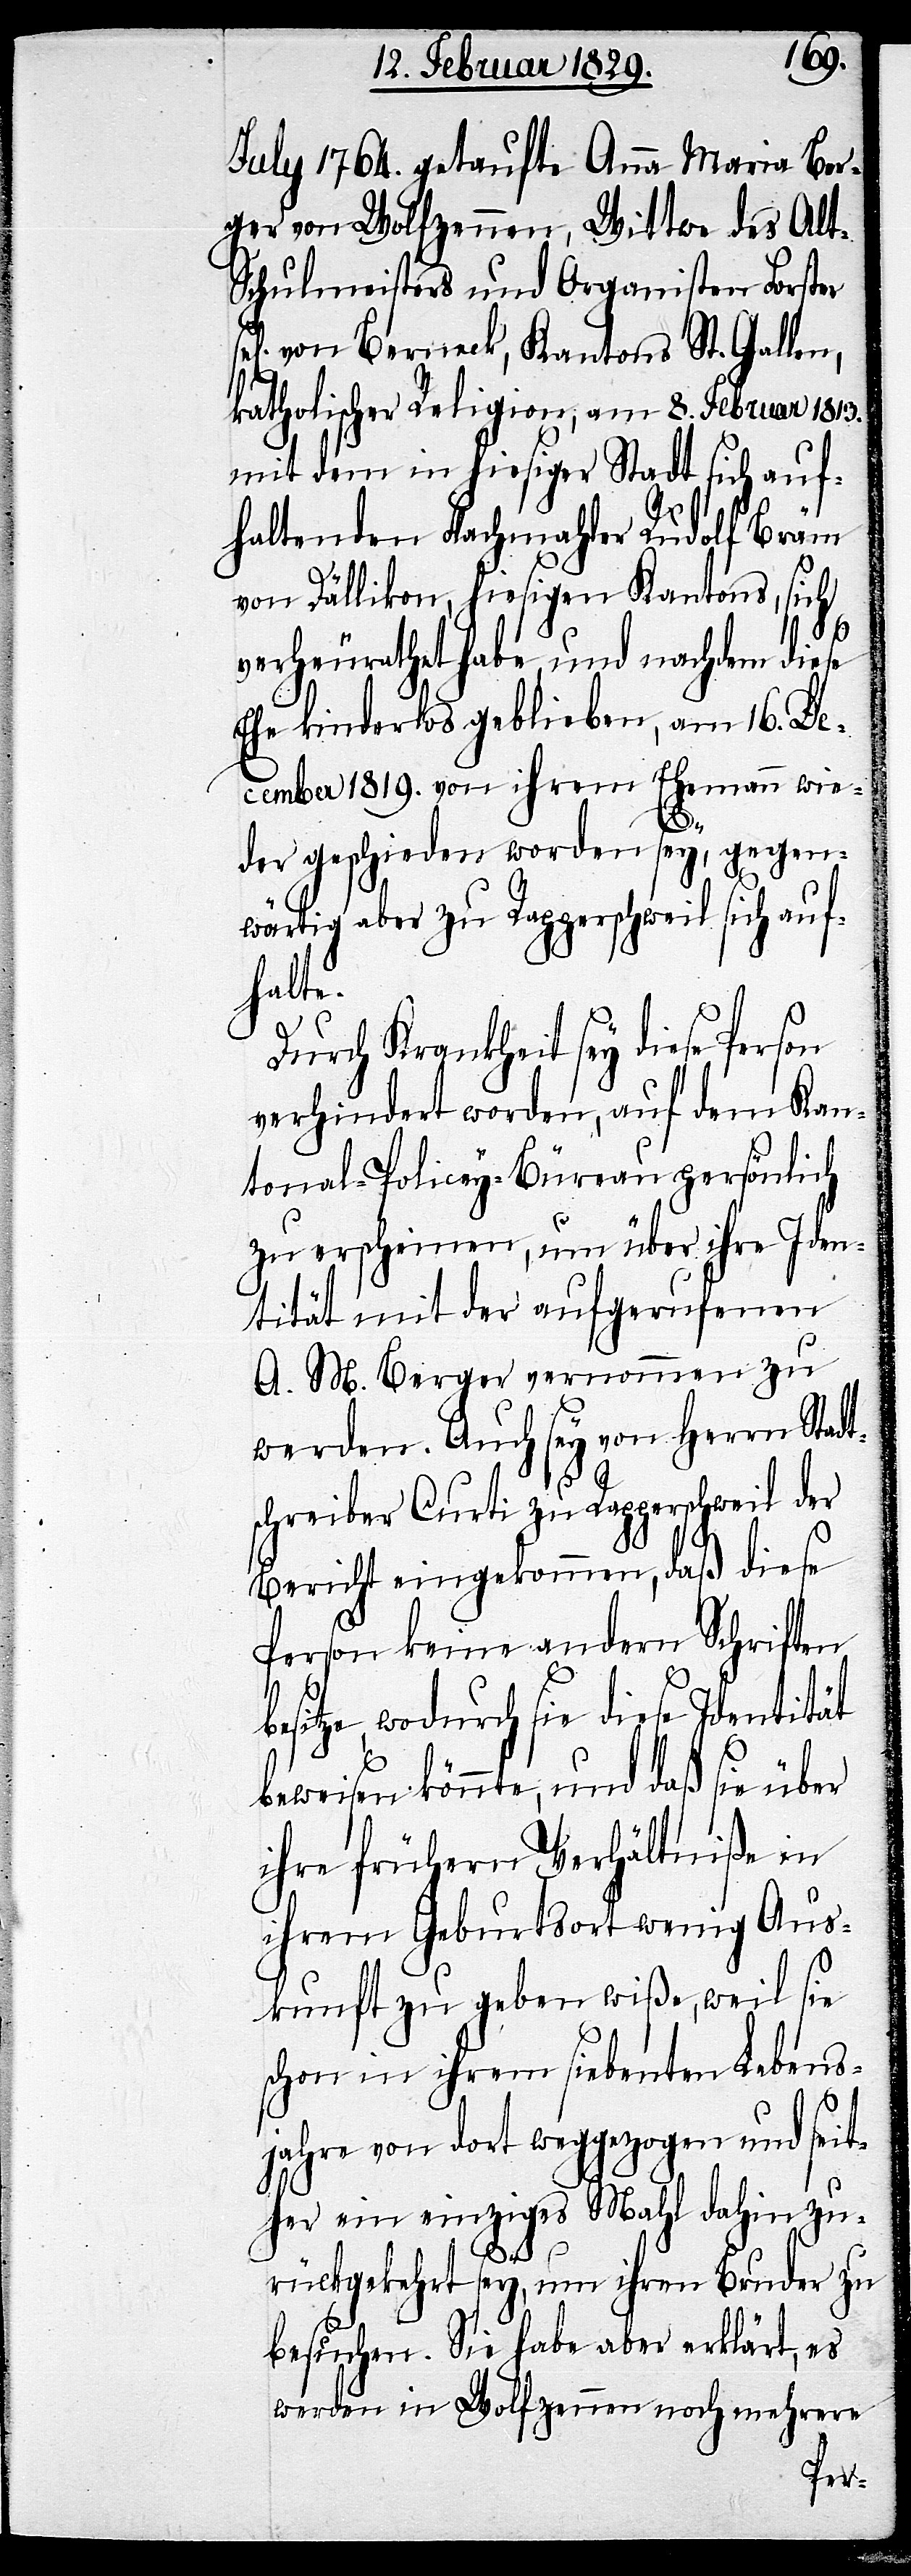
July 1764. getaufte Anna Maria Ber¬
ger von Wolfzannen, Wittwe des Al¬
t-Schulmeisters und Organisten Forster
von Berneck, Kantons St. Gallen,
katholischer Religion, am 8. Februar 1813.
mit dem in hiesiger Stadt sich auf¬
haltenden Flachmahler Rudolf Bräm
von Dällikon, hiesigen Kantons, sich
verheurathet habe, und nachdem diese
Ehe kinderlos geblieben, am 16. De¬
cember 1819. von ihrem Ehemann wie¬
der geschieden worden sey, gegen¬
wärtig aber zu Rapperschweil sich auf¬
halte.
Durch Krankheit sey diese Person
verhindert worden, auf dem Kan¬
tonal-Policey-Büreau persönlich
zu erscheinen, um über ihre Iden¬
tität mit der aufgerufenen
A. M. Berger vernommen zu
werden. Auch sey von Herrn Stadt¬
b¬
schreiber Curti zu Rapperschweil der
Bericht eingekommen, daß diese
Person keine andern Schriften
esitze, wodurch sie diese Identität
beweisen könnte, und daß sie über
ihre frühern Verhältniße in
ihrem Geburtsort wenig Aus¬
kunft zu geben wiße, weil sie
schon in ihrem siebenten Lebens¬
jahre von dort weggezogen und seit¬
her ein einziges Mahl dahin zu¬
rückgekehrt sey, um ihren Bruder zu
besuchen. Sie habe aber erklärt, es
werden in Wolfzennen noch mehrere